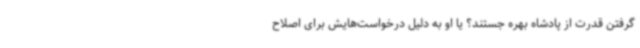
گرفتن قدرت از پادشاه بهره جستند؟ یا او به دلیل درخواست‌هایش برای اصلاح